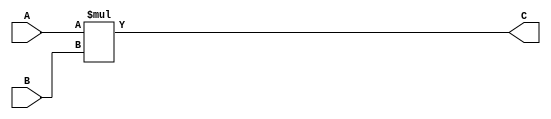
module Multi_8_bit(
    input [7:0]  A,
    input [7:0]  B,
    output [15:0] C
);  
	
    assign C = A * B;

endmodule